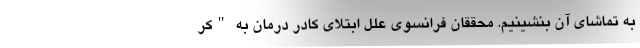
به تماشای آن بنشینیم. محققان فرانسوی علل ابتلای کادر درمان به "کر